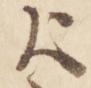
出